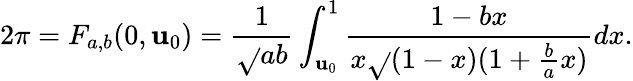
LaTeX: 2\pi=F_{a,b}(0,\mathbf{u}_{0})=\frac{{1}}{{\sqrt{}{{ab}}}}\int_{\mathbf{u}_{0}}^{1}\frac{{1-bx}}{{x\sqrt{}{{(1-x)(1+\frac{{b}}{{a}}x)}}}}dx.